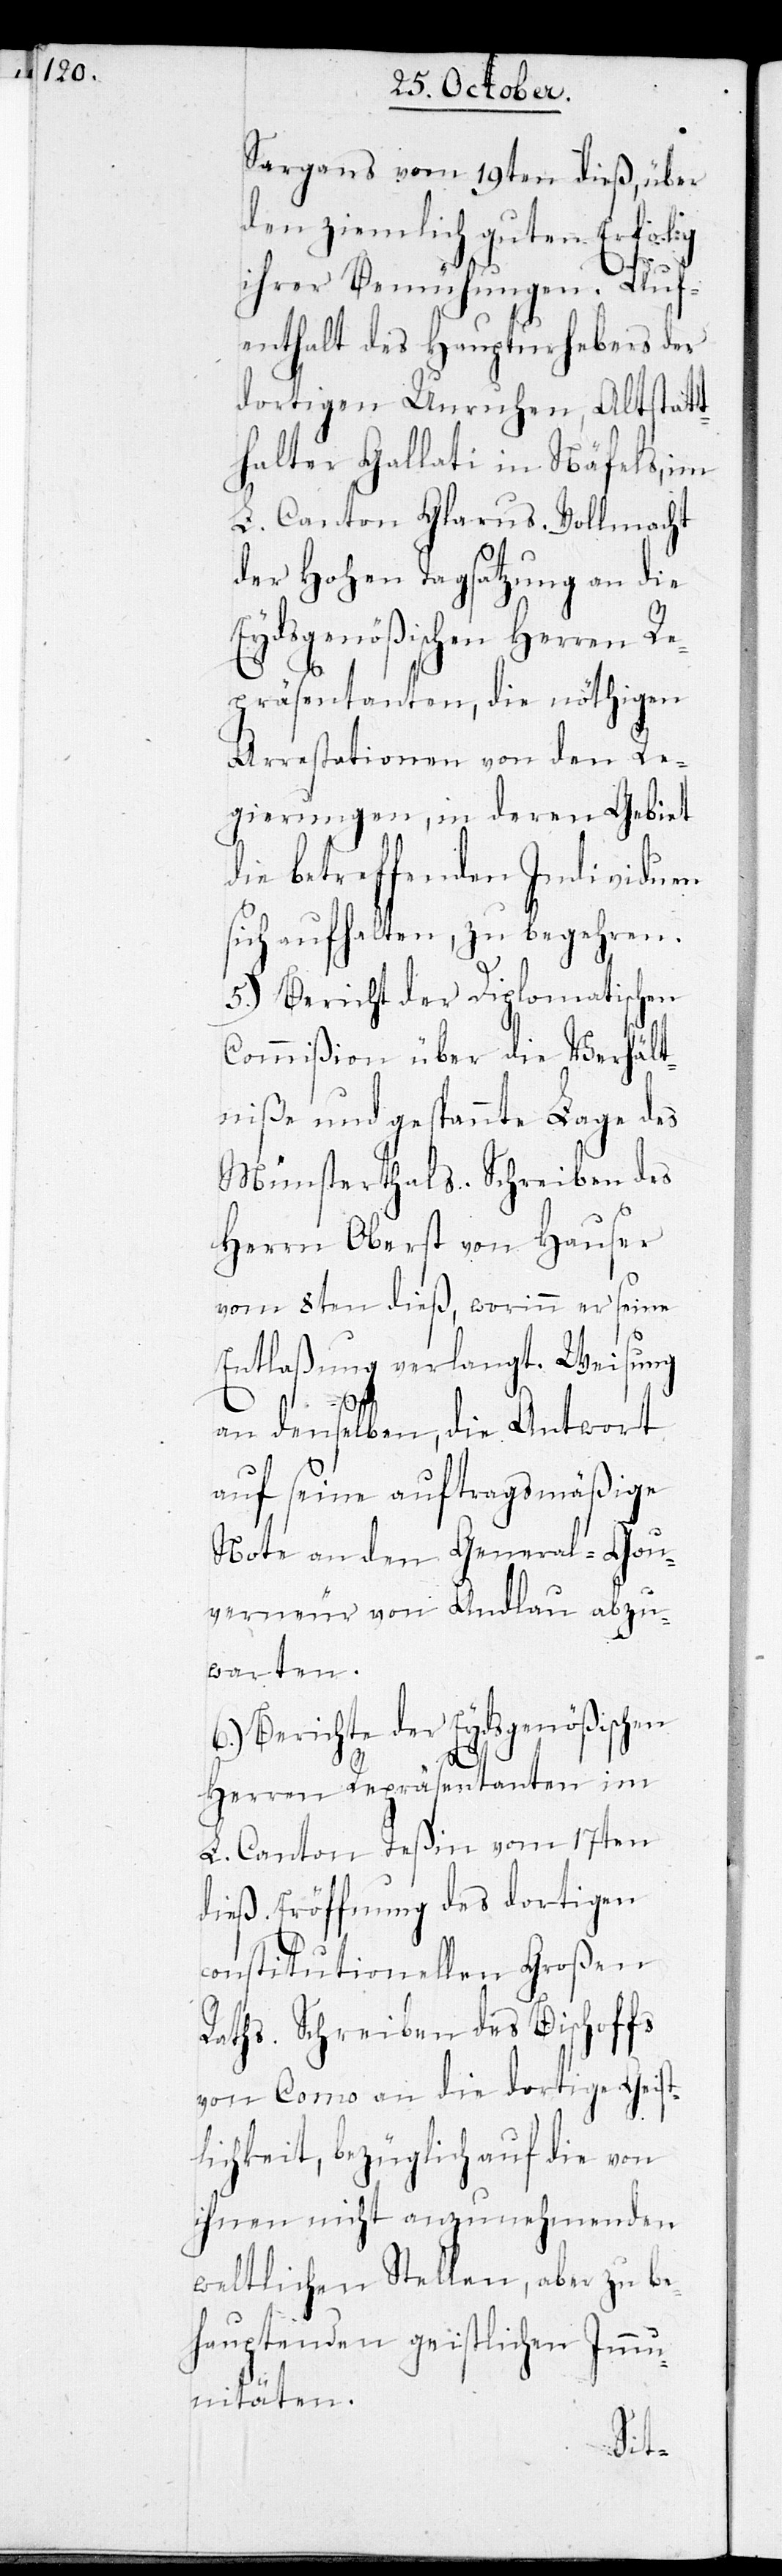
Sargans vom 19ten dieß, über
den ziemlich guten Erfolg
ihrer Bemühungen. Auf¬
enthalt des Haupturhebers der
dortigen Unruhen, Altstatt¬
halter Gallati in Näfels, im
L. Canton Glarus. Vollmacht
der Hohen Tagsatzung an die
Eydsgenößischen Herren Re¬
präsentanten, die nöthigen
Arrestationen von den Re¬
gierungen, in deren Gebiet
die betreffenden Individuen
sich aufhalten, zu begehren.
5.) Bericht der Diplomatischen
Commißion über die Verhält¬
niße und gespannte Lage des
Münsterthals. Schreiben des
Herrn Oberst von Hauser
vom 8ten dieß, worinn er seine
Entlaßung verlangt. Weisung
an denselben, die Antwort
auf seine auftragsmäßige
Note an den General-Gou¬
verneur von Andlau abzu¬
warten.
6.) Berichte der Eydsgenößischen
Herren Repräsentanten im
L. Canton Teßin vom 17ten
dieß. Eröffnung des dortigen
constitutionellen Großen
Raths. Schreiben des Bischoffs
von Como an die dortige Geist¬
lichkeit, bezüglich auf die von
ihnen nicht anzunehmenden
weltlichen Stellen, aber zu be¬
hauptenden geistlichen Immu¬
nitäten.